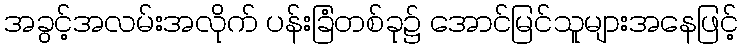
အခွင့်အလမ်းအလိုက် ပန်းခြံတစ်ခု၌ အောင်မြင်သူများအနေဖြင့်